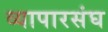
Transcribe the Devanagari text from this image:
व्यापारसंघ